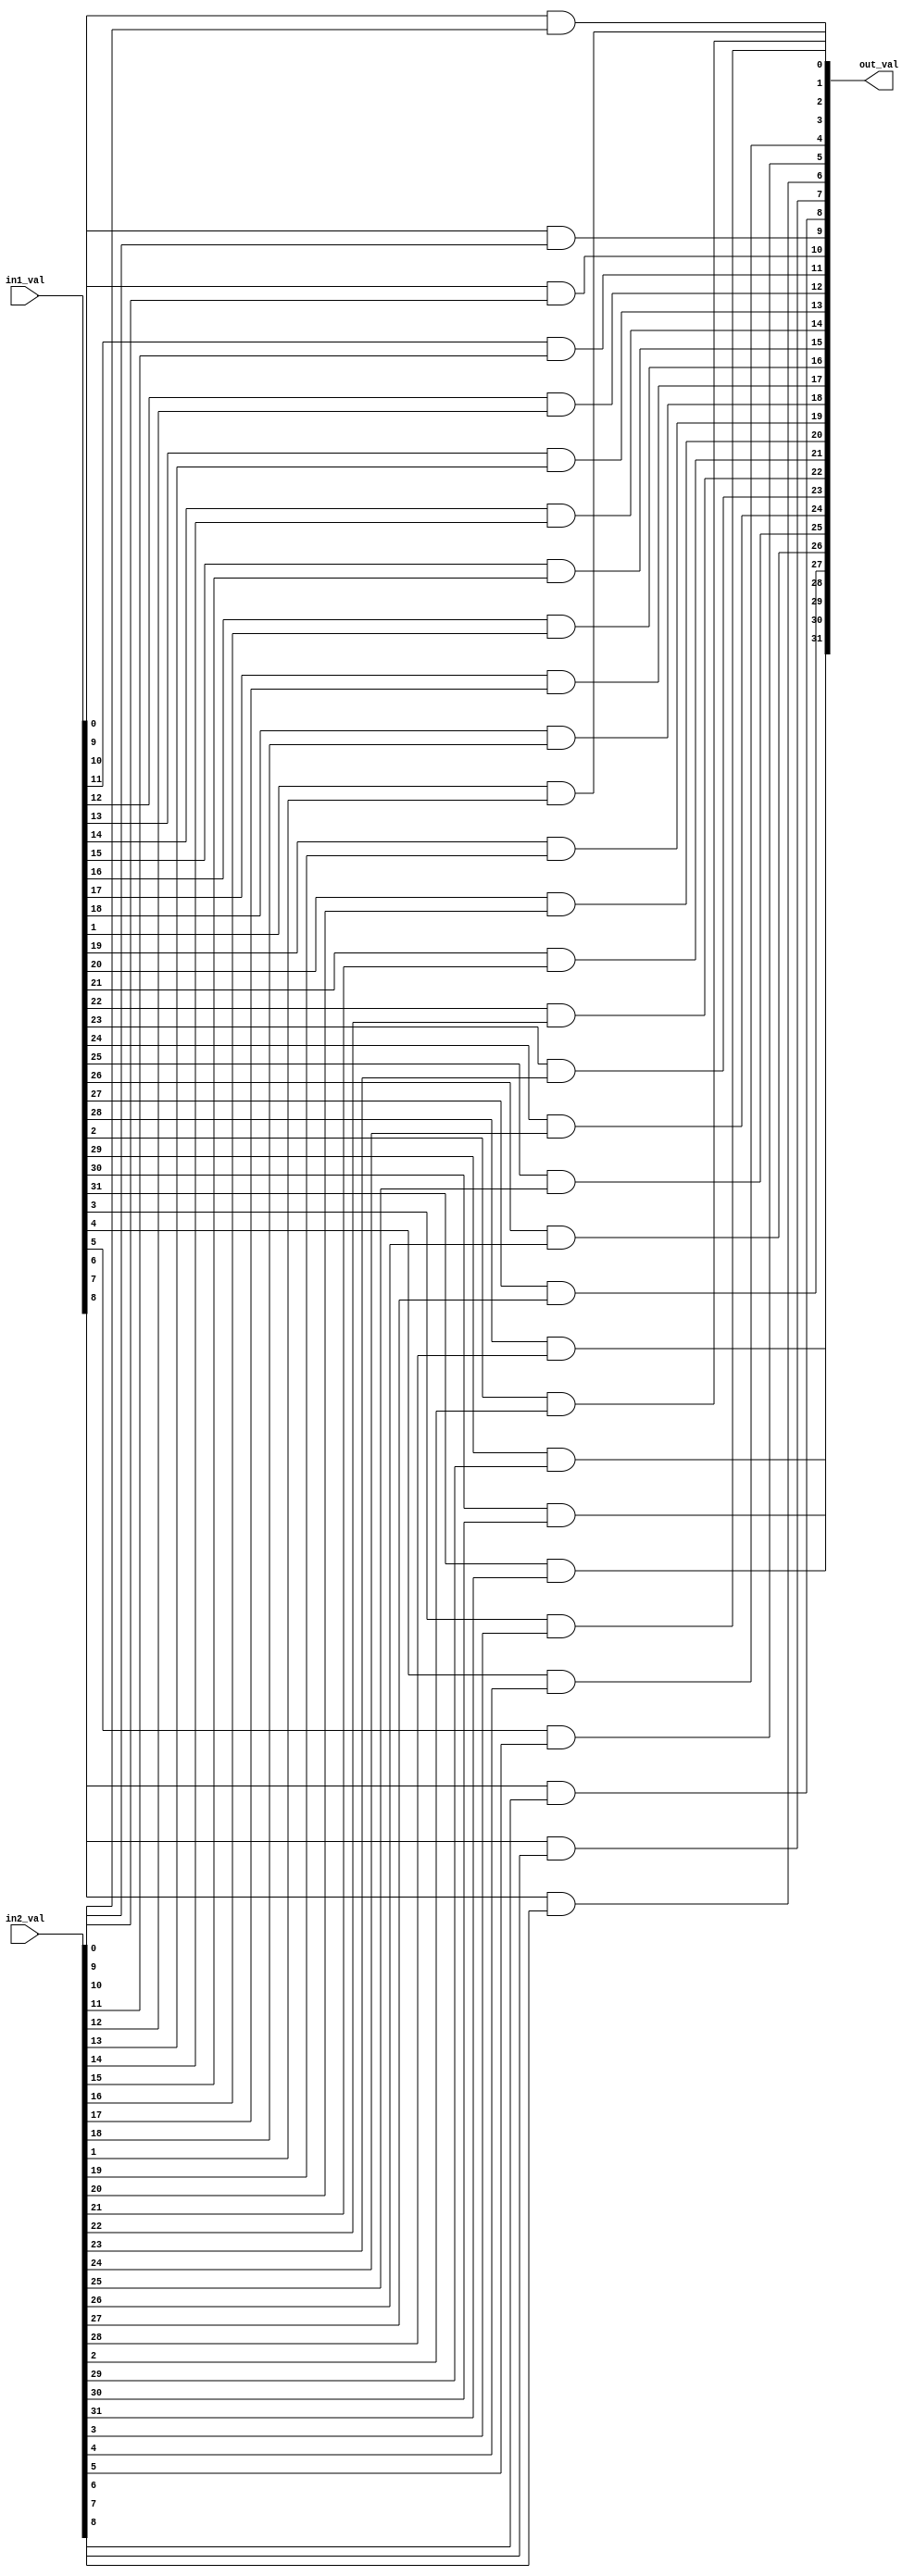
`timescale 1ns / 1ps
//////////////////////////////////////////////////////////////////////////////////
// Company: 
// Engineer: 
// 
// Design Name: 
// Module Name: Nbit_AND
// Project Name: 
// Target Devices: 
// Tool Versions: 
// Description: 
// 
// Dependencies: 
// 
// Revision:
// Revision 0.01 - File Created
// Additional Comments:
// 
//////////////////////////////////////////////////////////////////////////////////


module Nbit_AND#(parameter N = 32)(in1_val, in2_val, out_val);
    input [N-1:0] in1_val;
    input [N-1:0] in2_val;
    output [N-1:0] out_val;   
    genvar i;
    
    generate
        for (i = 0; i < N; i = i+ 1) begin 
            and a_gate(out_val[i], in1_val[i], in2_val[i]);
        end 
    endgenerate
endmodule